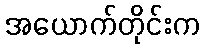
အယောက်တိုင်းက